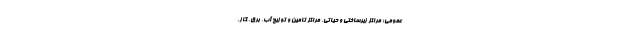
عمومی؛ مراکز زیرساختی و حیاتی، مراکز تامین و توزیع آب، برق، گاز،